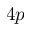
4 p